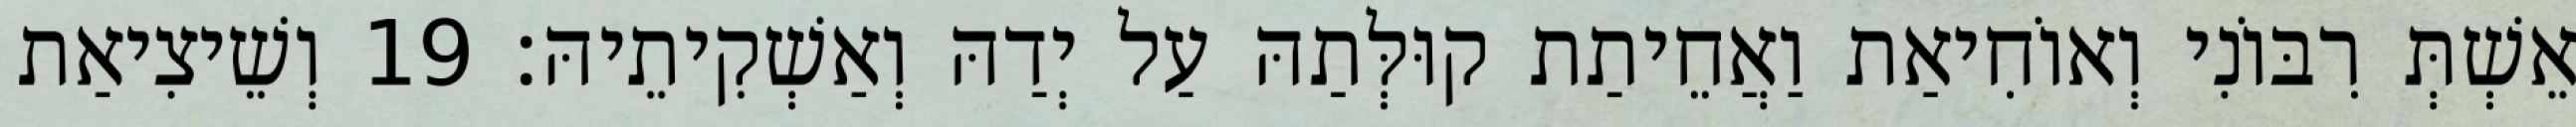
אֵשְׁתְּ רִבּוֹנִי וְאוֹחִיאַת וַאֲחֵיתַת קוּלְּתַהּ עַל יְדַהּ וְאַשְׁקִיתֵיהּ׃ 19 וְשֵׁיצִיאַת